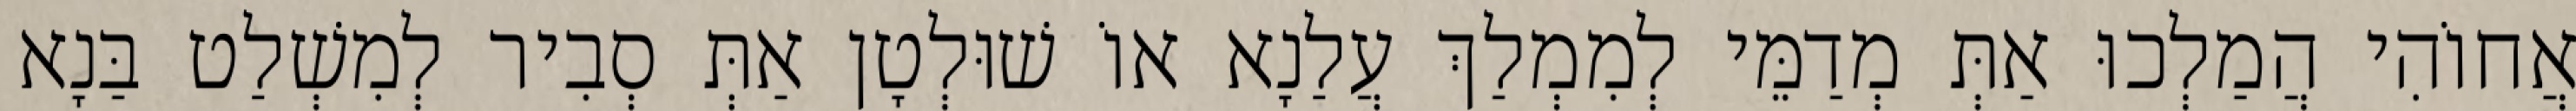
אֲחוֹהִי הֲמַלְכוּ אַתְּ מְדַמֵּי לְמִמְלַךְ עֲלַנָא אוֹ שׁוּלְטָן אַתְּ סְבִיר לְמִשְׁלַט בַּנָא